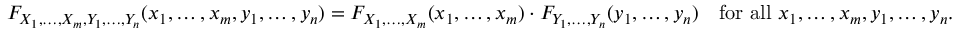
F _ { X _ { 1 } , \ldots , X _ { m } , Y _ { 1 } , \ldots , Y _ { n } } ( x _ { 1 } , \ldots , x _ { m } , y _ { 1 } , \ldots , y _ { n } ) = F _ { X _ { 1 } , \ldots , X _ { m } } ( x _ { 1 } , \ldots , x _ { m } ) \cdot F _ { Y _ { 1 } , \ldots , Y _ { n } } ( y _ { 1 } , \ldots , y _ { n } ) \quad { \mathrm { f o r ~ a l l ~ } } x _ { 1 } , \ldots , x _ { m } , y _ { 1 } , \ldots , y _ { n } .